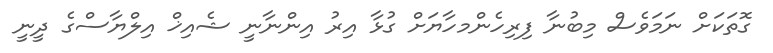
ގޮތަކަށް ނަމަވެސް މިބުނާ ފިރިހެންމހާޔަށް ގުޅާ އިރު އިންނާނީ ޝެއިޚް އިލްޔާސްގެ ދީނީ